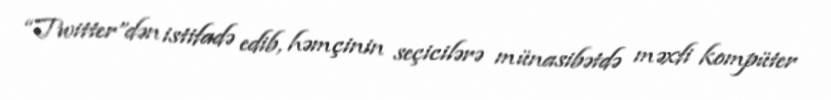
“Twitter”dən istifadə edib, həmçinin seçicilərə münasibətdə məxfi kompüter